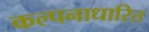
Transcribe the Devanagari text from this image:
कल्पनाधारित